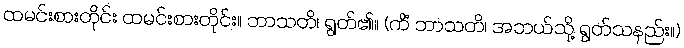
ထမင်းစားတိုင်း ထမင်းစားတိုင်း။ ဘာသတိ၊ ရွတ်၏။ (ကိံ ဘာသတိ၊ အဘယ်သို့ ရွတ်သနည်း။)